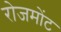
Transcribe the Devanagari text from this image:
रोजमोंट